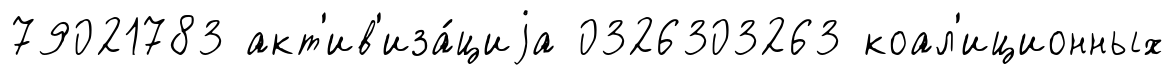
79021783 акт'ив'иза́циjа 0326303263 коал'иционных